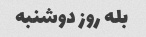
بله روز دوشنبه